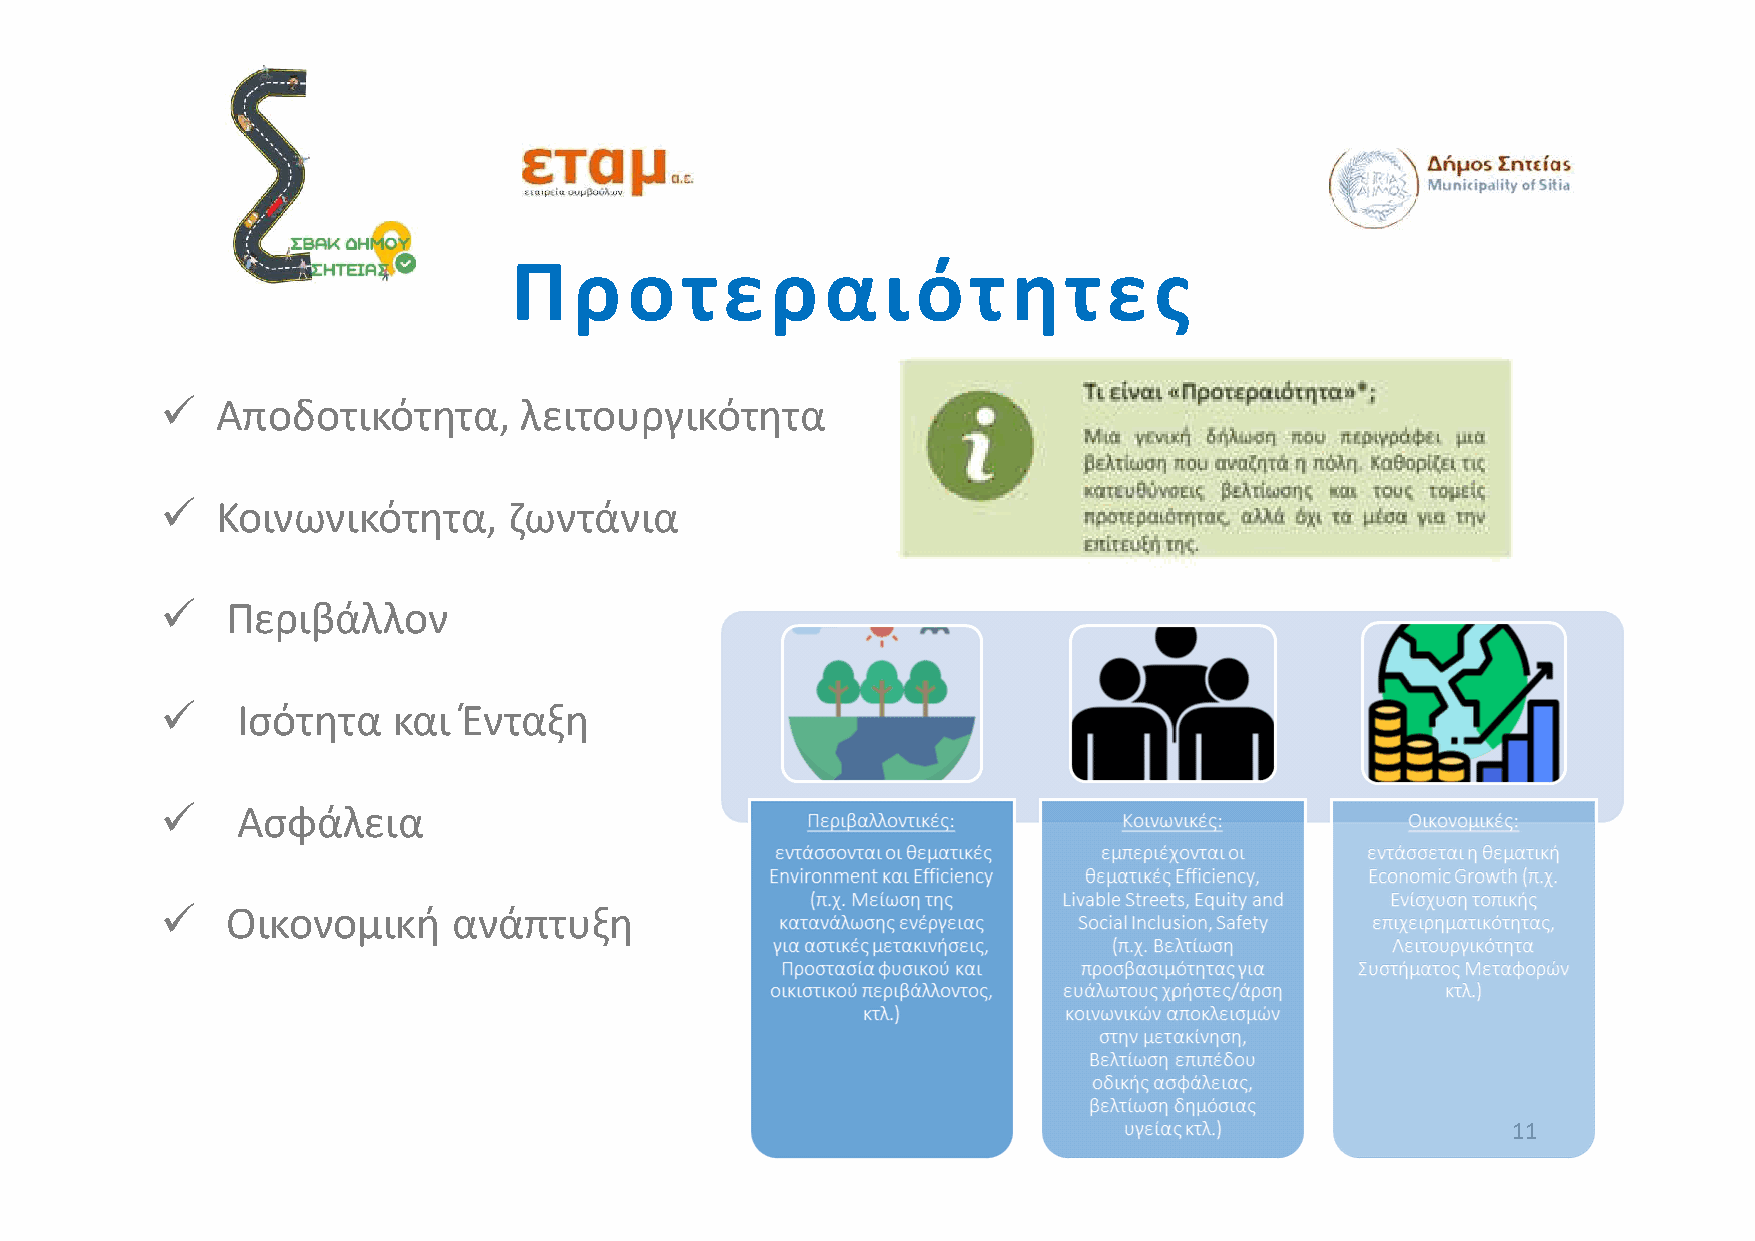
Π   ρ   ο  τε    ρ   α  ι  ότ    ητε      ς
   Αποδοτικότητα,      λειτουργικότητα
   Κοινωνικότητα,      ζωντάνια
    Περιβάλλον
     Ισότητα   και Ένταξη
     Ασφάλεια
    Οικονομική     ανάπτυξη
 11